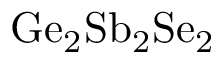
\mathrm { G e _ { 2 } S b _ { 2 } S e _ { 2 } }